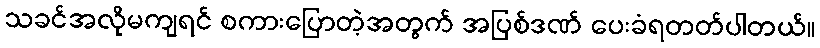
သခင်အလိုမကျရင် စကားပြောတဲ့အတွက် အပြစ်ဒဏ် ပေးခံရတတ်ပါတယ်။